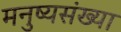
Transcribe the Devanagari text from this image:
मनुष्यसंख्या